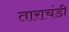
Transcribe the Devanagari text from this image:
ताराचंडी